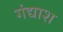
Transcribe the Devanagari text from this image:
गंद्याश